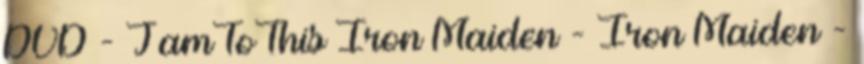
DVD - JamToThis Iron Maiden - Iron Maiden -